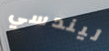
ليندسي